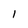
Character: I